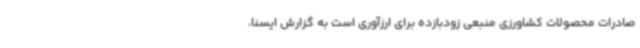
صادرات محصولات کشاورزی منبعی زودبازده برای ارزآوری است به گزارش ایسنا،